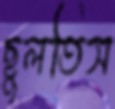
ছুলতিস